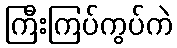
ကြီးကြပ်ကွပ်ကဲ